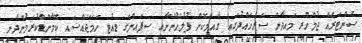
ސެންޓަރެއް ޖުމްހޫރީ މައިދާން ސަރަހައްދުގައި ގާއިމްކޮށް ފުލުހުންނާއި ސިފައިންގެ ޑިއުޓީ ހަމަޖައްސައި ކޮމާންޑްކުރަމުންދާނީ